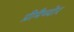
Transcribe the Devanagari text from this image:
प्रीमैच्योर